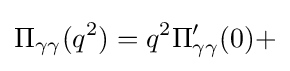
\Pi _{\gamma \gamma }(q^{2})=q^{2}\Pi _{\gamma \gamma }^{\prime }(0)+